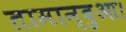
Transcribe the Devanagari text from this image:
तामान्दुआ।